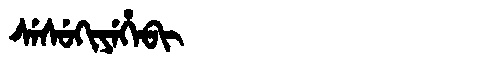
Manchu: ᠰᡝᠰᡠᡴᡳᠶᡝᡥᡝᠪᡳ
Romanization: SESUKIYEHEBI